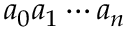
a _ { 0 } a _ { 1 } \cdots a _ { n }